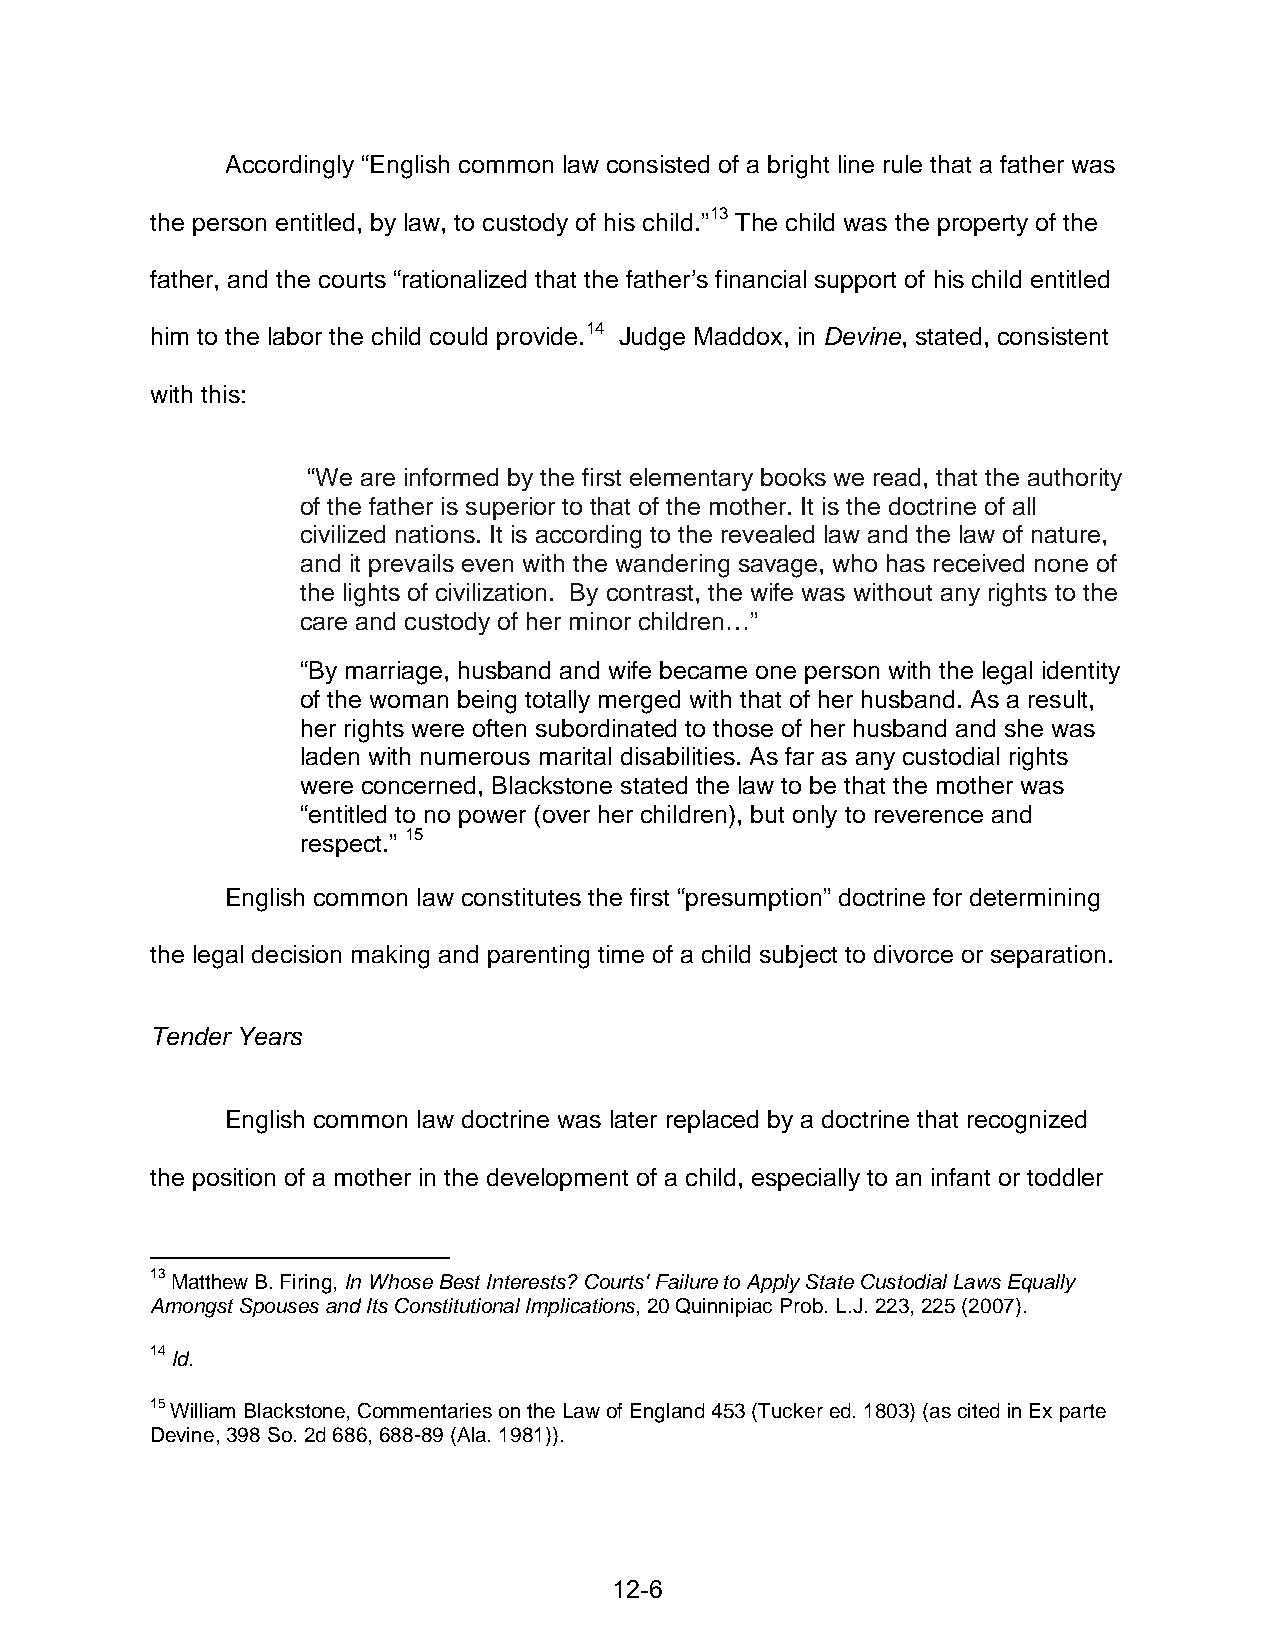
Accordingly “English common law consisted of a bright line rule that a father was
 the person entitled, by law, to custody of his child.”13 The child was the property of the
 father, and the courts “rationalized that the father’s financial support of his child entitled
 him to the labor the child could provide.14 Judge Maddox, in Devine, stated, consistent
 with this:
 “We are informed by the first elementary books we read, that the authority
 of the father is superior to that of the mother. It is the doctrine of all
 civilized nations. It is according to the revealed law and the law of nature,
 and it prevails even with the wandering savage, who has received none of
 the lights of civilization. By contrast, the wife was without any rights to the
 care and custody of her minor children…”
 “By marriage, husband and wife became one person with the legal identity
 of the woman being totally merged with that of her husband. As a result,
 her rights were often subordinated to those of her husband and she was
 laden with numerous marital disabilities. As far as any custodial rights
 were concerned, Blackstone stated the law to be that the mother was
 “entitled to no power (over her children), but only to reverence and
 respect.” 15
 English common law constitutes the first “presumption” doctrine for determining
 the legal decision making and parenting time of a child subject to divorce or separation.
 Tender Years
 English common law doctrine was later replaced by a doctrine that recognized
 the position of a mother in the development of a child, especially to an infant or toddler
 13 Matthew B. Firing, In Whose Best Interests? Courts' Failure to Apply State Custodial Laws Equally
 Amongst Spouses and Its Constitutional Implications, 20 Quinnipiac Prob. L.J. 223, 225 (2007).
 14 Id.
 15 William Blackstone, Commentaries on the Law of England 453 (Tucker ed. 1803) (as cited in Ex parte
 Devine, 398 So. 2d 686, 688-89 (Ala. 1981)).
 12-6